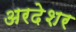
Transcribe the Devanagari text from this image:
अरदेशर